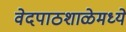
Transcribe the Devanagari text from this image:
वेदपाठशाळेमध्ये